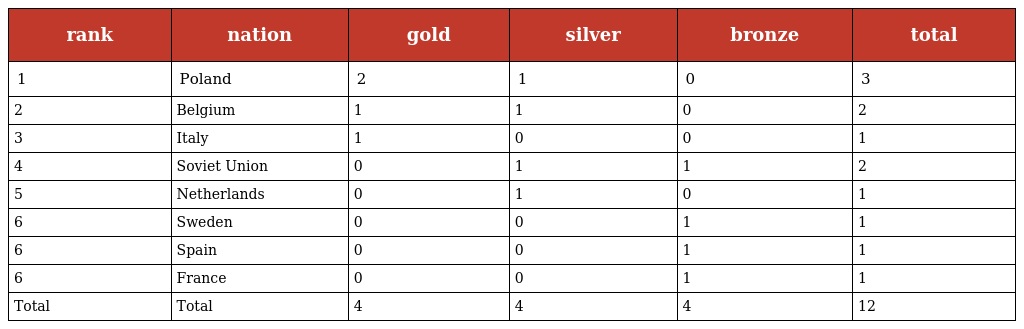
| rank | nation | gold | silver | bronze | total |
 | --- | --- | --- | --- | --- | --- |
 | 1 | Poland | 2 | 1 | 0 | 3 |
 | 2 | Belgium | 1 | 1 | 0 | 2 |
 | 3 | Italy | 1 | 0 | 0 | 1 |
 | 4 | Soviet Union | 0 | 1 | 1 | 2 |
 | 5 | Netherlands | 0 | 1 | 0 | 1 |
 | 6 | Sweden | 0 | 0 | 1 | 1 |
 | 6 | Spain | 0 | 0 | 1 | 1 |
 | 6 | France | 0 | 0 | 1 | 1 |
 | Total | Total | 4 | 4 | 4 | 12 |